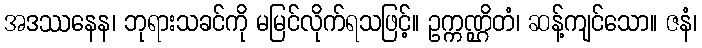
အဒဿနေန၊ ဘုရားသခင်ကို မမြင်လိုက်ရသဖြင့်။ ဥက္ကဏ္ဌိတံ၊ ဆန့်ကျင်သော။ ဇနံ၊